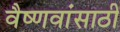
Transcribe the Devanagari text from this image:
वैष्णवांसाठी